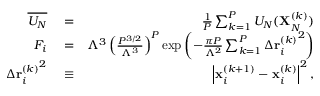
\begin{array} { r l r } { \overline { { U _ { N } } } } & { { } = } & { \frac { 1 } { P } \sum _ { k = 1 } ^ { P } U _ { N } ( \mathbf { X } _ { N } ^ { ( k ) } ) } \\ { F _ { i } } & { { } = } & { \Lambda ^ { 3 } \left( \frac { P ^ { 3 / 2 } } { \Lambda ^ { 3 } } \right) ^ { P } \exp \left( - \frac { \pi P } { \Lambda ^ { 2 } } \sum _ { k = 1 } ^ { P } \Delta { \mathbf { r } _ { i } ^ { ( k ) } } ^ { 2 } \right) } \\ { \Delta { \mathbf { r } _ { i } ^ { ( k ) } } ^ { 2 } } & { { } \equiv } & { \left| \mathbf { x } _ { i } ^ { ( k + 1 ) } - \mathbf { x } _ { i } ^ { ( k ) } \right| ^ { 2 } , } \end{array}